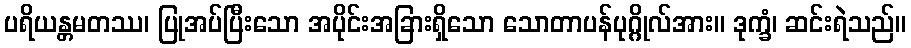
ပရိယန္တမတဿ၊ ပြုအပ်ပြီးသော အပိုင်းအခြားရှိသော သောတာပန်ပုဂ္ဂိုလ်အား။ ဒုက္ခံ၊ ဆင်းရဲသည်။